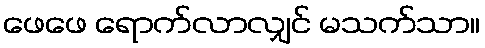
ဖေဖေ ရောက်လာလျှင် မသက်သာ။